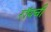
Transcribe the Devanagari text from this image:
रॉयची